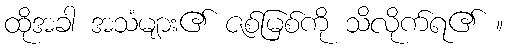
ထိုအခါ အသံများ၏ ဇစ်မြစ်ကို သိလိုက်ရ၏ ။